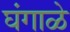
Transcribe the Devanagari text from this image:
घंगाळे